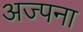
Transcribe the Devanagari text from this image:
अज्पना